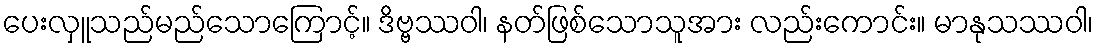
ပေးလှူသည်မည်သောကြောင့်။ ဒိဗ္ဗဿဝါ၊ နတ်ဖြစ်သောသူအား လည်းကောင်း။ မာနုသဿဝါ၊